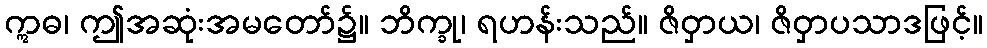
ဣဓ၊ ဤအဆုံးအမတော်၌။ ဘိက္ခု၊ ရဟန်းသည်။ ဇိဝှာယ၊ ဇိဝှာပသာဒဖြင့်။